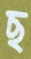
ছ